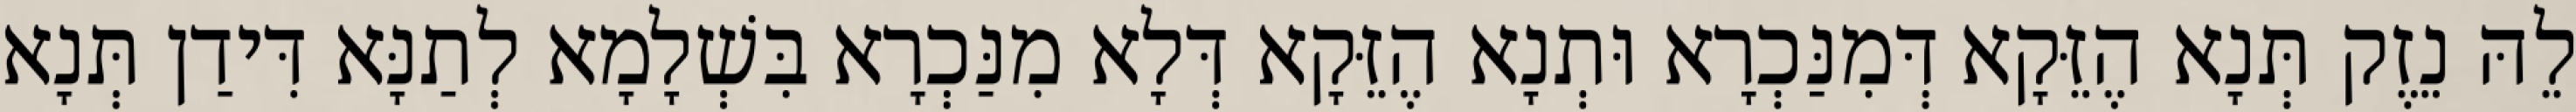
לֵהּ נֵזֶק תְּנָא הֶזֵּקָא דְּמִנַּכְרָא וּתְנָא הֶזֵּקָא דְּלָא מִנַּכְרָא בִּשְׁלָמָא לְתַנָּא דִּידַן תְּנָא